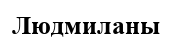
Людмиланы